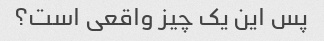
پس این یک چیز واقعی است؟